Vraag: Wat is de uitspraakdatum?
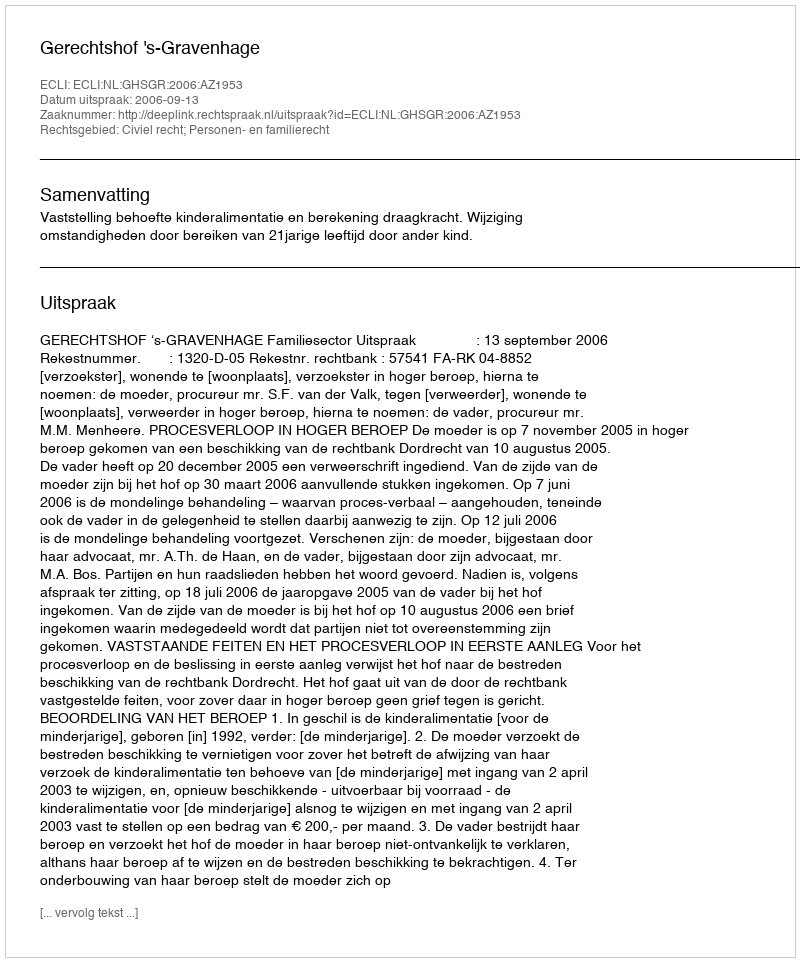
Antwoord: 2006-09-13